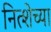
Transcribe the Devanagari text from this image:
नित्शेच्या